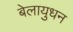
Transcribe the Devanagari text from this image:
बेलायुधन